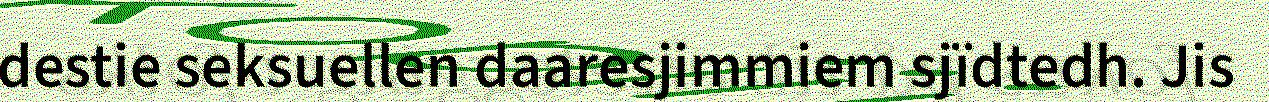
destie seksuellen daaresjimmiem sjïdtedh. Jis